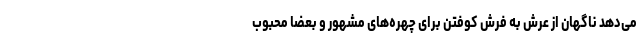
می‌دهد ناگهان از عرش به فرش کوفتن برای چهره‌های مشهور و بعضا محبوب